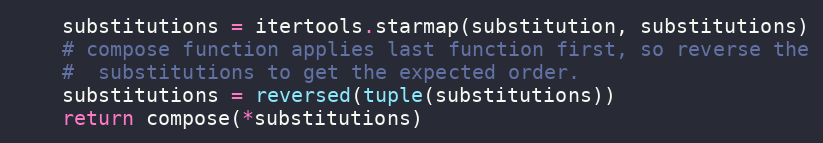
Language: Python
	substitutions = itertools.starmap(substitution, substitutions)
	# compose function applies last function first, so reverse the
	#  substitutions to get the expected order.
	substitutions = reversed(tuple(substitutions))
	return compose(*substitutions)